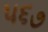
૫૬૭